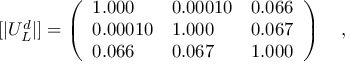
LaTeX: [ | U _ { L } ^ { d } | ] = \left( \begin{array} { l l l } { { 1 . 0 0 0 } } & { { 0 . 0 0 0 1 0 } } & { { 0 . 0 6 6 } } \\ { { 0 . 0 0 0 1 0 } } & { { 1 . 0 0 0 } } & { { 0 . 0 6 7 } } \\ { { 0 . 0 6 6 } } & { { 0 . 0 6 7 } } & { { 1 . 0 0 0 } } \end{array} \right) ~ ~ ~ ,